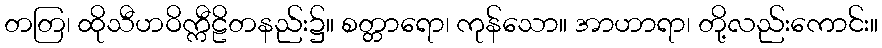
တတြ၊ ထိုသီဟဝိက္ကီဠိတနည်း၌။ စတ္တာရော၊ ကုန်သော။ အာဟာရာ၊ တို့လည်းကောင်း။